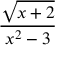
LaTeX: \frac { \sqrt { x + 2 } } { x ^ { 2 } - 3 }